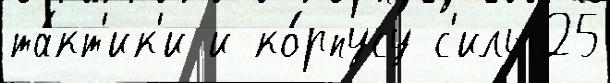
та́кт'ик'и и ко́рпусу с'илы25